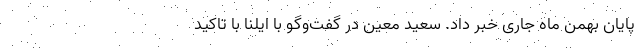
پایان بهمن ماه جاری خبر داد. سعید معین در گفت‌وگو با ایلنا با تاکید